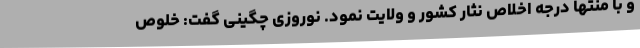
و با منتها درجه اخلاص نثار کشور و ولایت نمود. نوروزی چگینی گفت: خلوص